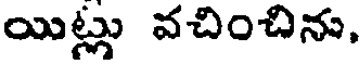
యిట్లు వచించిను,